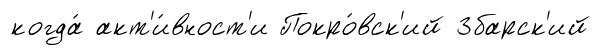
когда́ акт'и́вност'и Покро́вск'ий Збарск'ий